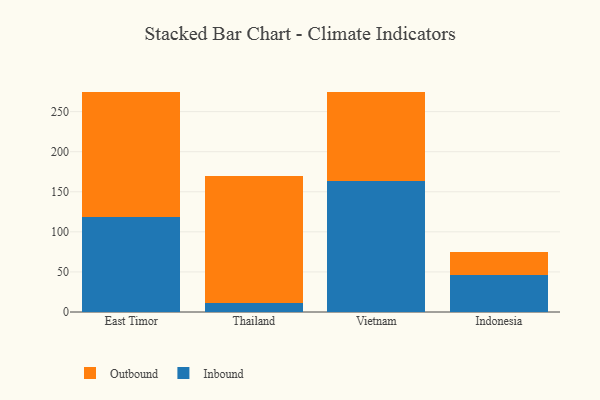
{"axis": {"x": "Country", "y": "Page Views"}, "legend": ["Inbound", "Outbound"], "data": [{"x": "East Timor", "y": 118.7, "type": "Inbound"}, {"x": "East Timor", "y": 155.5, "type": "Outbound"}, {"x": "Thailand", "y": 11.6, "type": "Inbound"}, {"x": "Thailand", "y": 158.5, "type": "Outbound"}, {"x": "Vietnam", "y": 163.9, "type": "Inbound"}, {"x": "Vietnam", "y": 111.1, "type": "Outbound"}, {"x": "Indonesia", "y": 46.6, "type": "Inbound"}, {"x": "Indonesia", "y": 28.5, "type": "Outbound"}]}